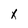
Character: x